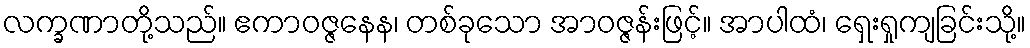
လက္ခဏာတို့သည်။ ဧကာဝဇ္ဇနေန၊ တစ်ခုသော အာဝဇ္ဇန်းဖြင့်။ အာပါထံ၊ ရှေးရှုကျခြင်းသို့။